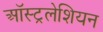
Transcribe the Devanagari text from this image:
ऑस्ट्रलेशियन